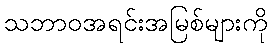
သဘာဝအရင်းအမြစ်များကို